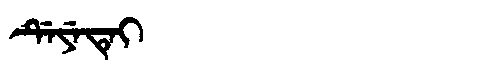
Manchu: ᡩᡝᠶᡝᡨᡝᡳ
Romanization: DEYETEI